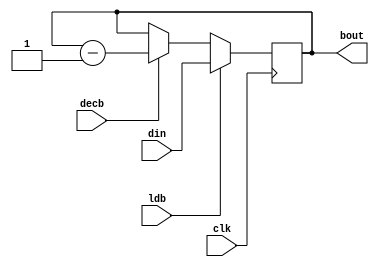
`timescale 1ns / 1ps
//////////////////////////////////////////////////////////////////////////////////
// Company: 
// Engineer: 
// 
// Design Name: 
// Module Name:    cntr 
// Project Name: 
// Target Devices: 
// Tool versions: 
// Description: 
//
// Dependencies: 
//
// Revision: 
// Revision 0.01 - File Created
// Additional Comments: 
//
//////////////////////////////////////////////////////////////////////////////////
module cntr(bout,din,ldb,decb,clk);
input [15:0] din;
input clk,decb,ldb;
output reg [15:0] bout;
always @(posedge clk)
if(ldb) bout <= din;
else if(decb) bout <= bout-1;
endmodule